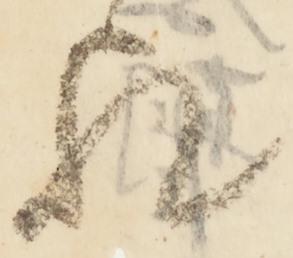
歟